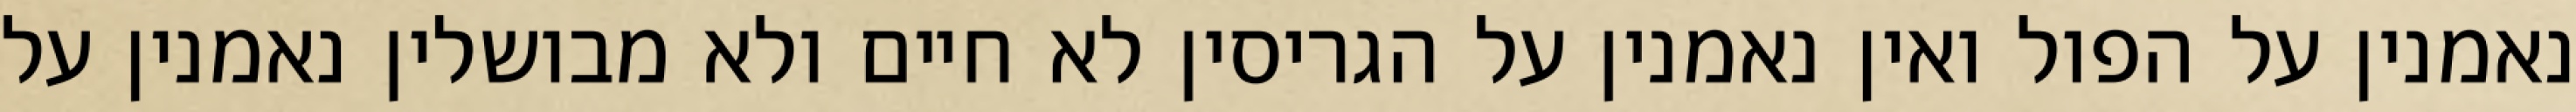
נאמנין על הפול ואין נאמנין על הגריסין לא חיים ולא מבושלין נאמנין על